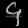
Digit: ၄